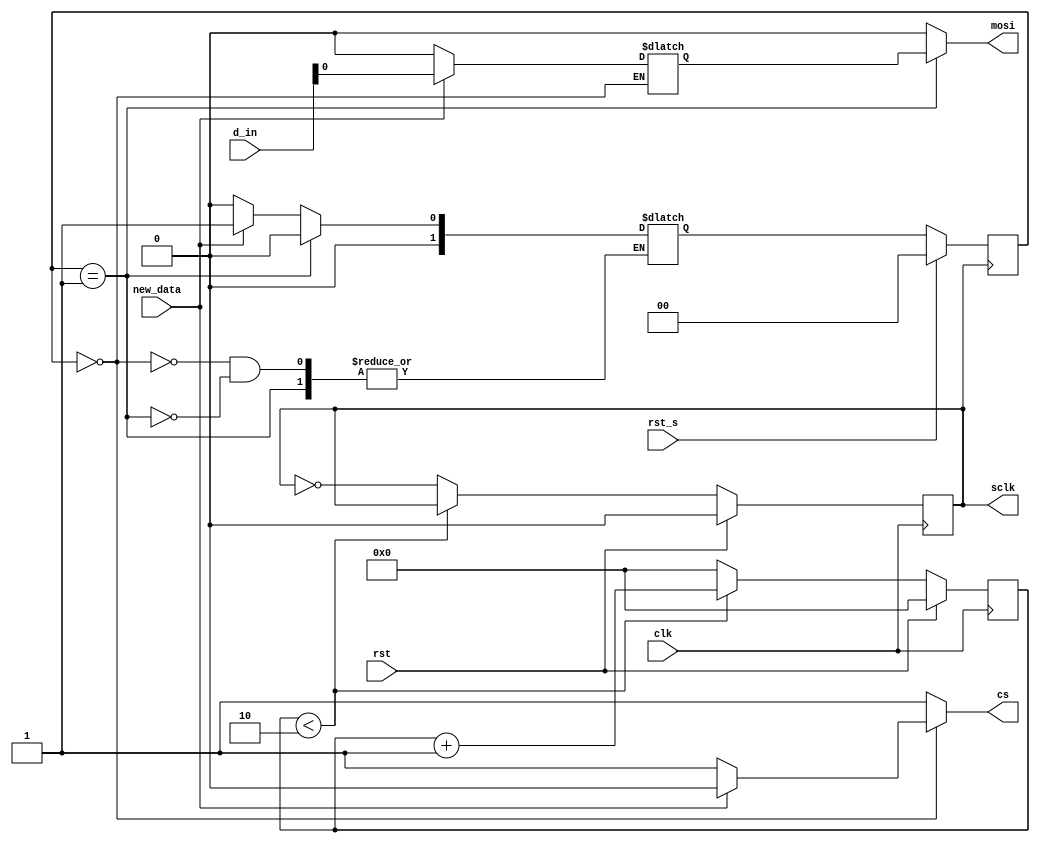
`timescale 1ns/1ps
module spi_master(clk, rst,rst_s, new_data, d_in, cs, mosi, sclk
);

input clk, new_data, rst, rst_s;
input [11:0] d_in;
output reg sclk, mosi, cs;

//Registers
reg [3:0] count_clk;
reg [3:0] count_bit;
reg [1:0] present_state;
reg [1:0] next_state;
reg [11:0] temp;
//parameters  for FSM

parameter IDLE = 2'b00;
parameter ENABLE = 2'b01;
//parameter TX = 2'b10;
//parameter DONE = 2'b11;

//Generation of a clk

always @ (posedge clk) begin

    if (rst) begin
        count_clk <= 1'b0;
        sclk <= 1'b0;
    end
    
    else begin 
        if (count_clk<2) begin
            count_clk <= count_clk +1'b1;
               
        end
        else begin
            count_clk <= 'd0;
            sclk <= ~sclk;
        end
    end
    
    /*
    if (count_clk < 10) begin
        count_clk = count_clk + 1'b1;        
    end
    else begin
        sclk = ~sclk;
    end
*/
end

//Starting the FSM

always @(posedge sclk) begin
    if (rst_s) begin//changed this for now
        present_state <= IDLE;
  
    end
    else begin
        present_state <= next_state;
        
    end
end
//Main FSM for the Transmission of the data

always @(*) begin
            cs = 1'b1;  
        mosi = 1'b0;
        count_bit = 4'd0; 
    case (present_state)
        IDLE: begin
            if (new_data == 1'b1)begin
                temp = d_in;
                cs= 1'b0;
                next_state= ENABLE;
            end
            else begin
                temp = 'd0;
                next_state = IDLE;
            end
        end
        ENABLE: begin
            if (count_bit < 4'd12) begin
                mosi = temp[count_bit];
                count_bit = count_bit + 1'b1;
                //next_state= ENABLE;
            end
           
            else begin
                count_bit = 'b0;
                mosi = 1'b0;
                next_state = IDLE;
                cs = 1'b1;
            end
        end
//        TX: begin
        
//        end
//        DONE: begin
        
//        end
    endcase
end
    



endmodule